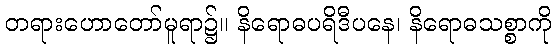
တရားဟောတော်မူရာ၌။ နိရောဓပရိဒီပနေ၊ နိရောဓသစ္စာကို